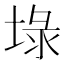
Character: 𡍖